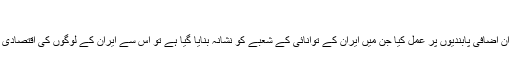
‘‘
ترکی کا کہنا ہے کہ اگر اس نے ان اضافی پابندیوں پر عمل کیا جن میں ایران کے توانائی کے شعبے کو نشانہ بنایا گیا ہے تو اس سے ایران کے لوگوں کی اقتصادی مشکلات میں اضافہ ہو جائے گا۔